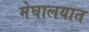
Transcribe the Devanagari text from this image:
मेघालयात